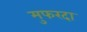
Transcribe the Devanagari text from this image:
मुफरदा